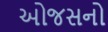
ઓજસનો